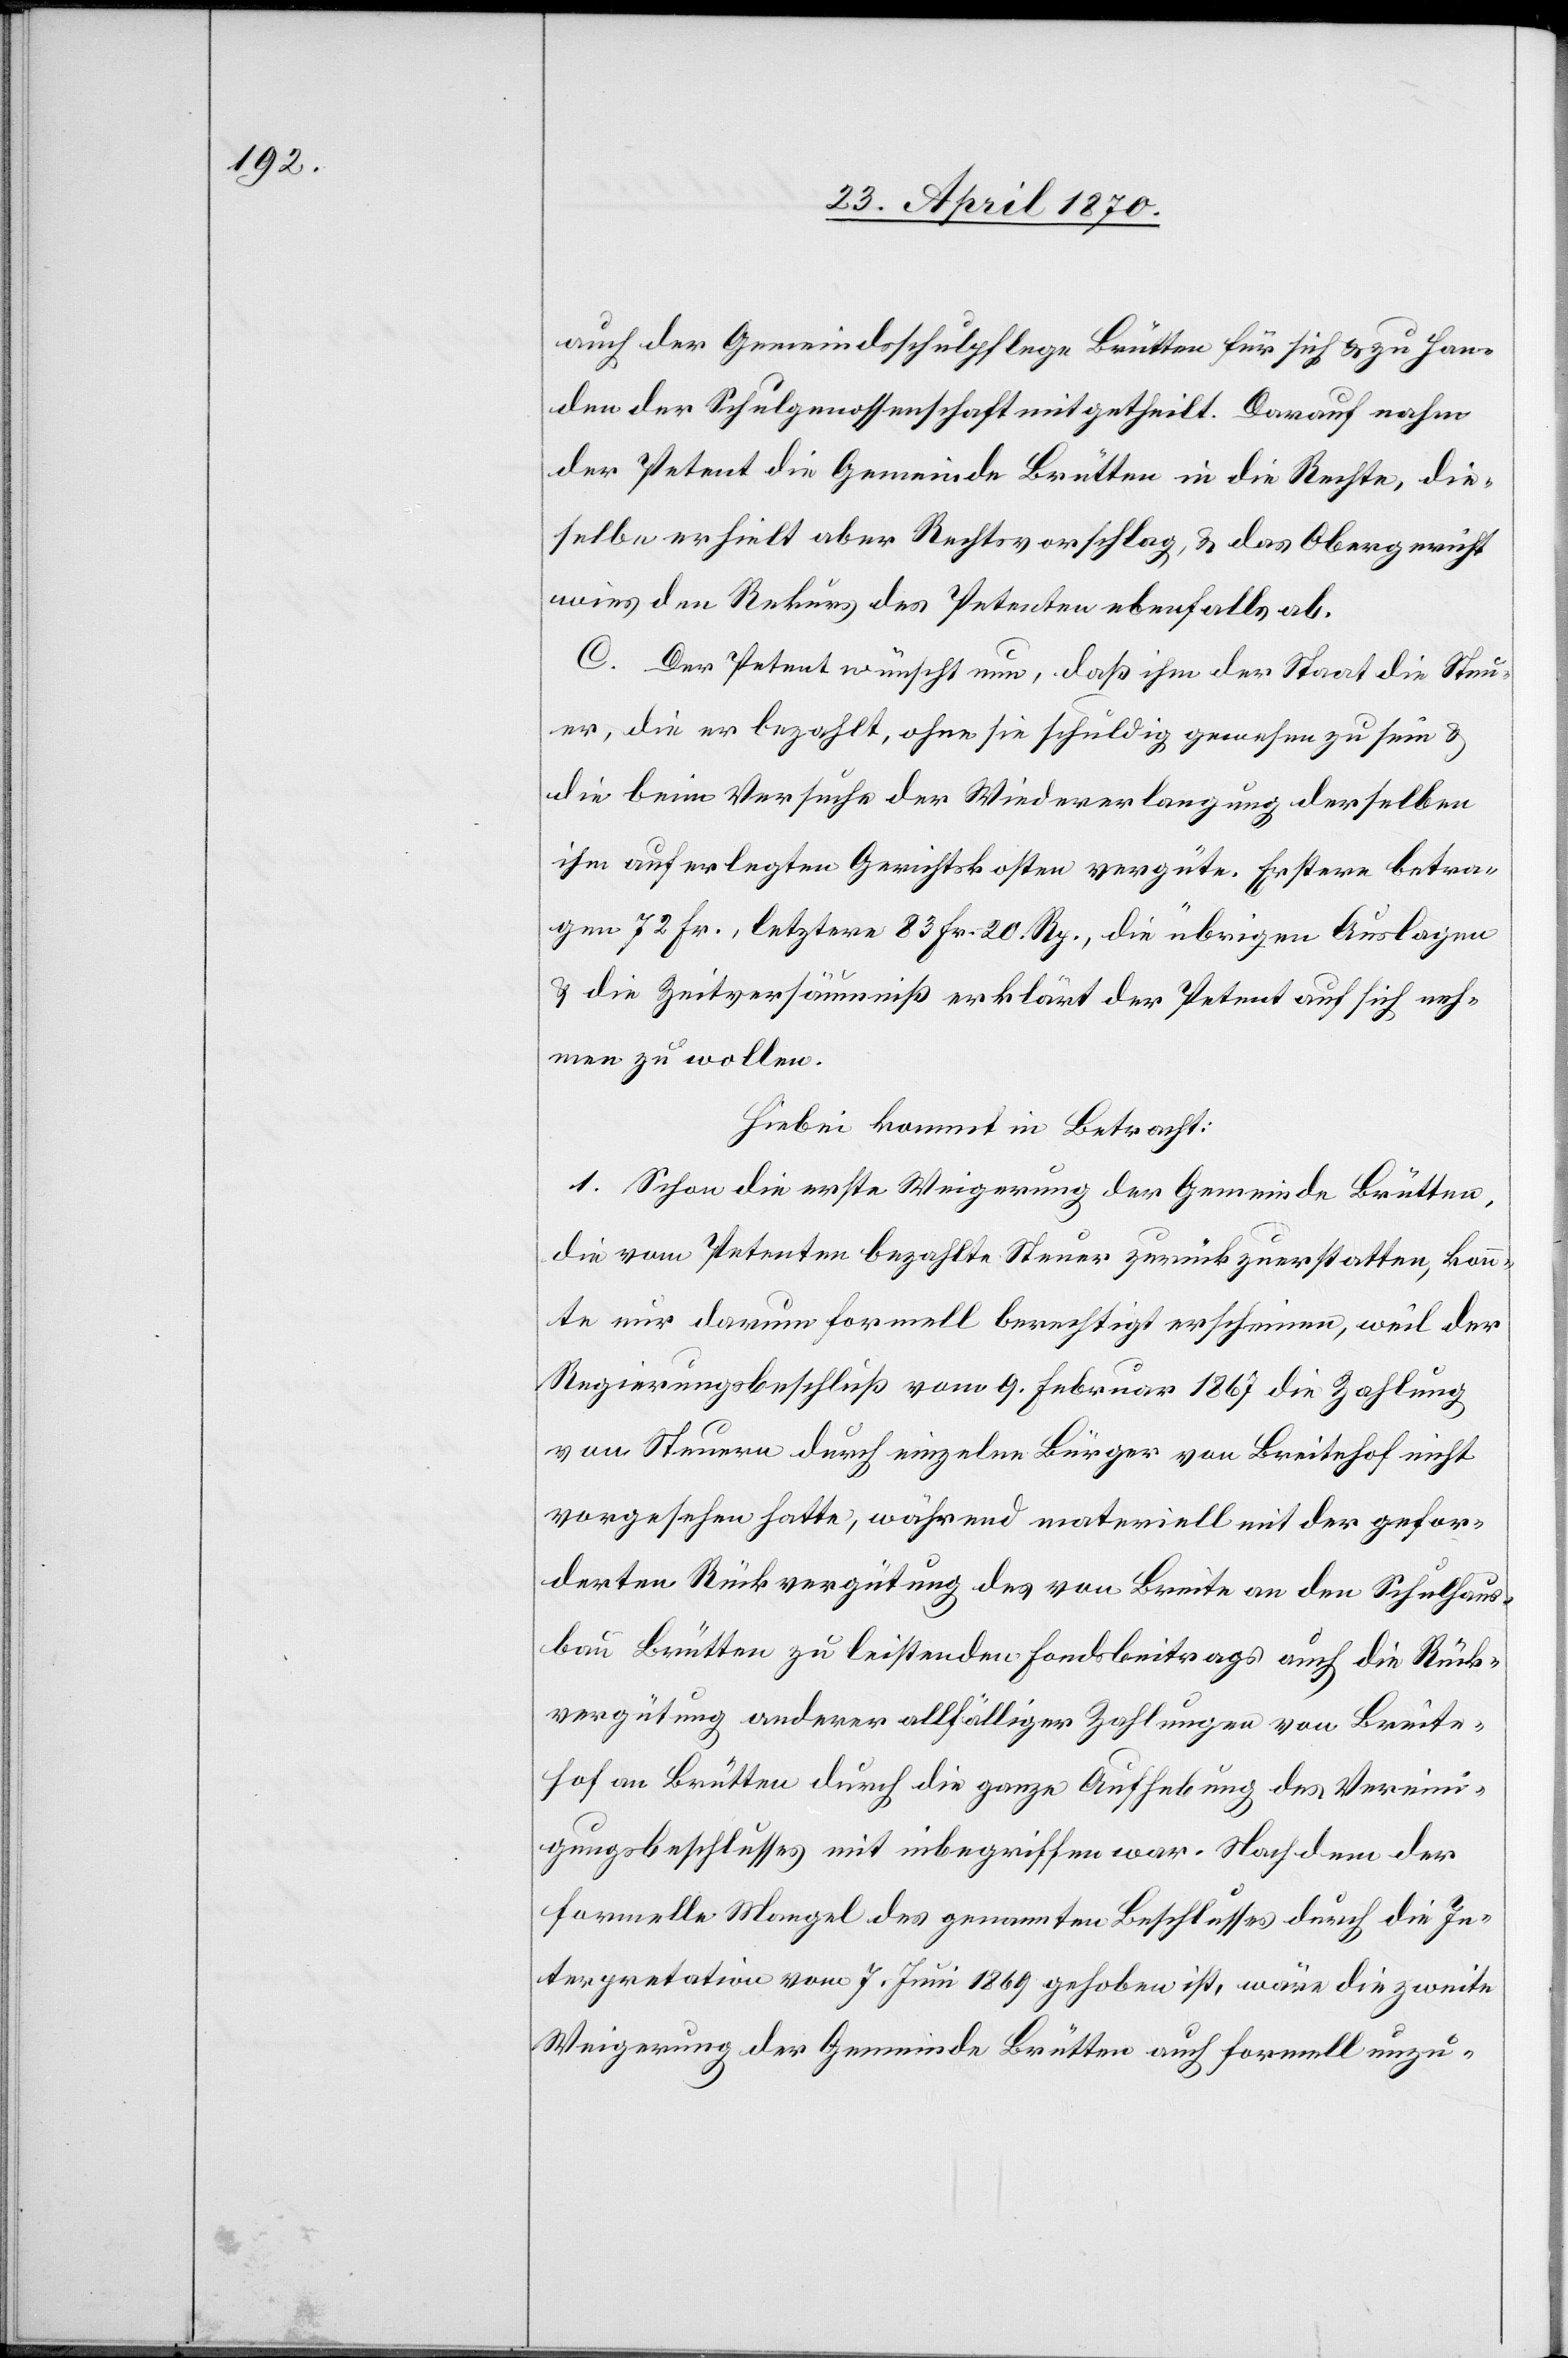
auch der Gemeindsschulpflege Brütten für sich & zu Han¬
den der Schulgenossenschaft mitgetheilt. Darauf nahm
der Petent die Gemeinde Brütten in die Rechte, die¬
selbe erhielt aber Rechtsvorschlag, & das Obergericht
wies den Rekurs des Petenten ebenfalls ab.
C. Der Petent wünscht nun, daß ihm der Staat die Steu¬
er, die er bezahlt, ohne sie schuldig gewesen zu sein &
die beim Versuche der Wiedererlangung derselben
ihm auferlegten Gerichtskosten vergüte. Erstere betra¬
gen 72 Fr., letztere 83 Fr. 20 Rp., die übrigen Auslagen
& die Zeitversäumniß erklärt der Petent auf sich neh¬
men zu wollen.
Hiebei kommt in Betracht:
1. Schon die erste Weigerung der Gemeinde Brütten,
die vom Petenten bezahlte Steuer zurückzuerstatten, konn¬
te nur darum formell berechtigt erscheinen, weil der
Regierungsbeschluß vom 9. Februar 1867 die Zahlung
von Steuern durch einzelne Bürger von Breitehof nicht
vorgesehen hatte, während materiell mit der gefor¬
derten Rückvergütung des von Breite an den Schulhaus¬
bau Brütten zu leistenden Fondsbeitrags auch die Rück¬
vergütung anderer allfälliger Zahlungen von Breite¬
hof an Brütten durch die ganze Aufhebung des Vereini¬
gungsbeschlusses mit inbegriffen war. Nachdem der
formelle Mangel des genannten Beschlusses durch die In¬
terpretation vom 7. Juni 1867 gehoben ist, wäre die zweite
Weigerung der Gemeinde Brütten auch formell unzu-